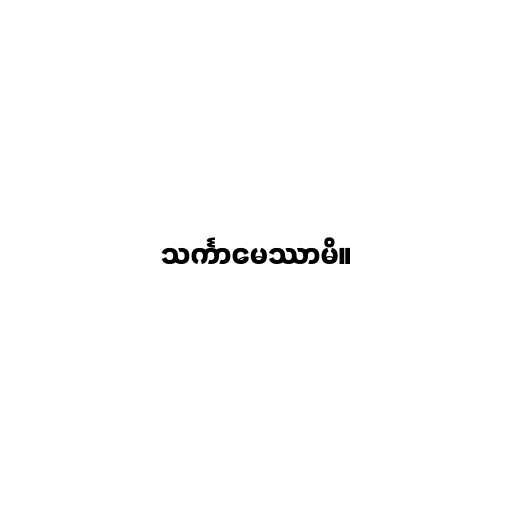
သင်္ကာမေဿာမိ။